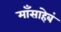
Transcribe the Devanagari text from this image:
माँसाहेबं